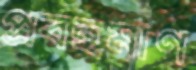
প্রবহমাণ